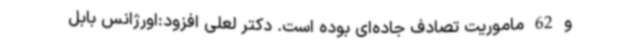
و 62 ماموریت تصادف جاده‌ای بوده است. دکتر لعلی افزود:اورژانس بابل